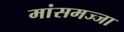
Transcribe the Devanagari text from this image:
मांसमज्जा